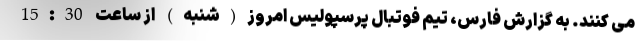
می کنند. به گزارش فارس، تیم فوتبال پرسپولیس امروز(شنبه) از ساعت 15:30